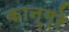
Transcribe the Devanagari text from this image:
कान्ग्रे